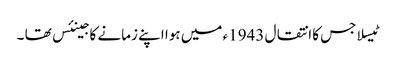
ٹیسلا جس کا انتقال 1943ء میں ہوا اپنے زمانے کا جینئس تھا ۔